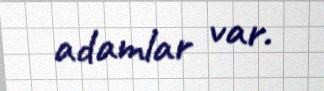
adamlar var.